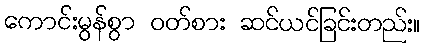
ကောင်းမွန်စွာ ဝတ်စား ဆင်ယင်ခြင်းတည်း။